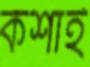
কশাই